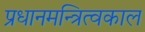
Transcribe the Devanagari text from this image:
प्रधानमन्त्रित्वकाल